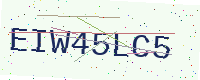
Text: EIW45LC5